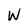
Character: W